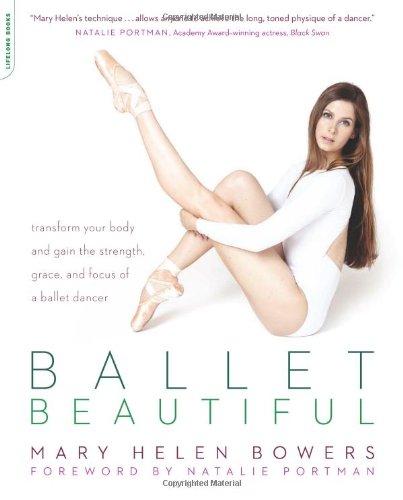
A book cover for Ballet Beautiful: Transform Your Body and Gain the Strength, Grace, and Focus of a Ballet Dancer; Mary Helen Bowers; Humor & Entertainment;